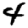
Digit: 4